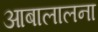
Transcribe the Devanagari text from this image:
आबालालना